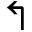
\Lsh